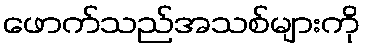
ဖောက်သည်အသစ်များကို